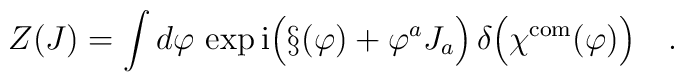
Z(J)=\int d\varphi\,\exp {\rm i}\Bigl(\S(\varphi)+\varphi^aJ_a\Bigr)\,\delta\Bigl(\chi^{\mbox{\scriptsize com}}(\varphi)\Bigr)\quad .